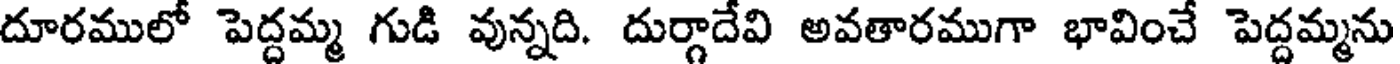
దూరములో పెద్దమ్మ గుడి వున్నది. దుర్గాదేవి అవతారముగా భావించే పెద్దమ్మను